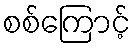
စစ်ကြောင့်